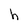
Character: h